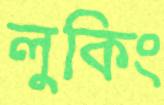
লুকিং